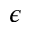
\epsilon